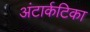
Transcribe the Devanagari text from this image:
अंटार्कटिका